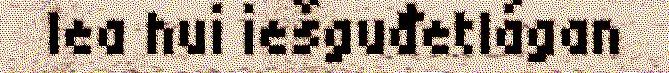
lea hui iešguđetlágan